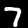
Label: 7